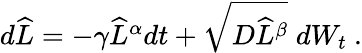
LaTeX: \begin{array}{r}{d\widehat{L}=-\gamma\widehat{L}^{\alpha}dt+\sqrt{D\widehat{L}^{\beta}}\; dW_{t}\ .}\end{array}